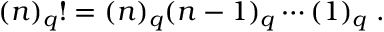
( n ) _ { q } ! = ( n ) _ { q } ( n - 1 ) _ { q } \cdots ( 1 ) _ { q } \; .